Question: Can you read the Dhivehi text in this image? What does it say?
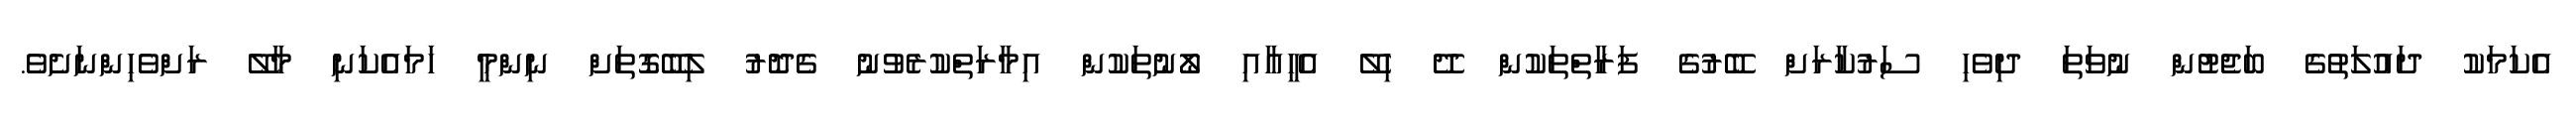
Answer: އެކަމަކު ދައުލަތުގެ ބަޖެޓުން ނުވަތަ ދިވެހި ސަރުކާރަށް ބޭރުގެ ފަރާތްތަކުން ދޭ ހިލޭ އެހީއާއި ލޯނުތަކުން އިމާރަތްކުރެވުނު ގެދޮރު ލިބޭގޮތަށް ނިންމީ ހަމައެކަނި މާލޭ ރަށްވެހިންނަށެވެ.